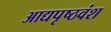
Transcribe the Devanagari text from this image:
आद्यपृष्ठवंश